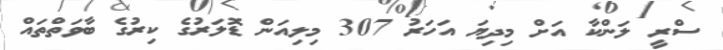
ސްރީ ލަންކާ އަށް މިދިޔަ އަހަރު 307 މިލިއަން ޑޮލަރުގެ ކިރުގެ ބާވަތްތައް